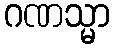
ဂဏသ္မာ